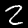
Digit: 2